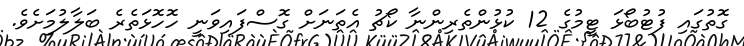
ގޮތުގައި ފުޓުބޯޅަ ޓީމުގެ 12 ކުޅުންތެރިންނާ ކޯޗު އެތަނަށް ގޮސްފައިވަނީ ހޮހޮޅަތެރެ ބަލާލުމަށެވެ.